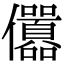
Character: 𠑪